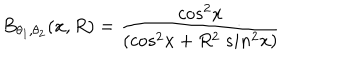
LaTeX: B _ { \theta _ { 1 } , \theta _ { 2 } } ( x , R ) = \frac { c o s ^ { 2 } x } { ( c o s ^ { 2 } x + R ^ { 2 } ~ s i n ^ { 2 } x ) }